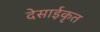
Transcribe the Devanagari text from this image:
देसाईकृत